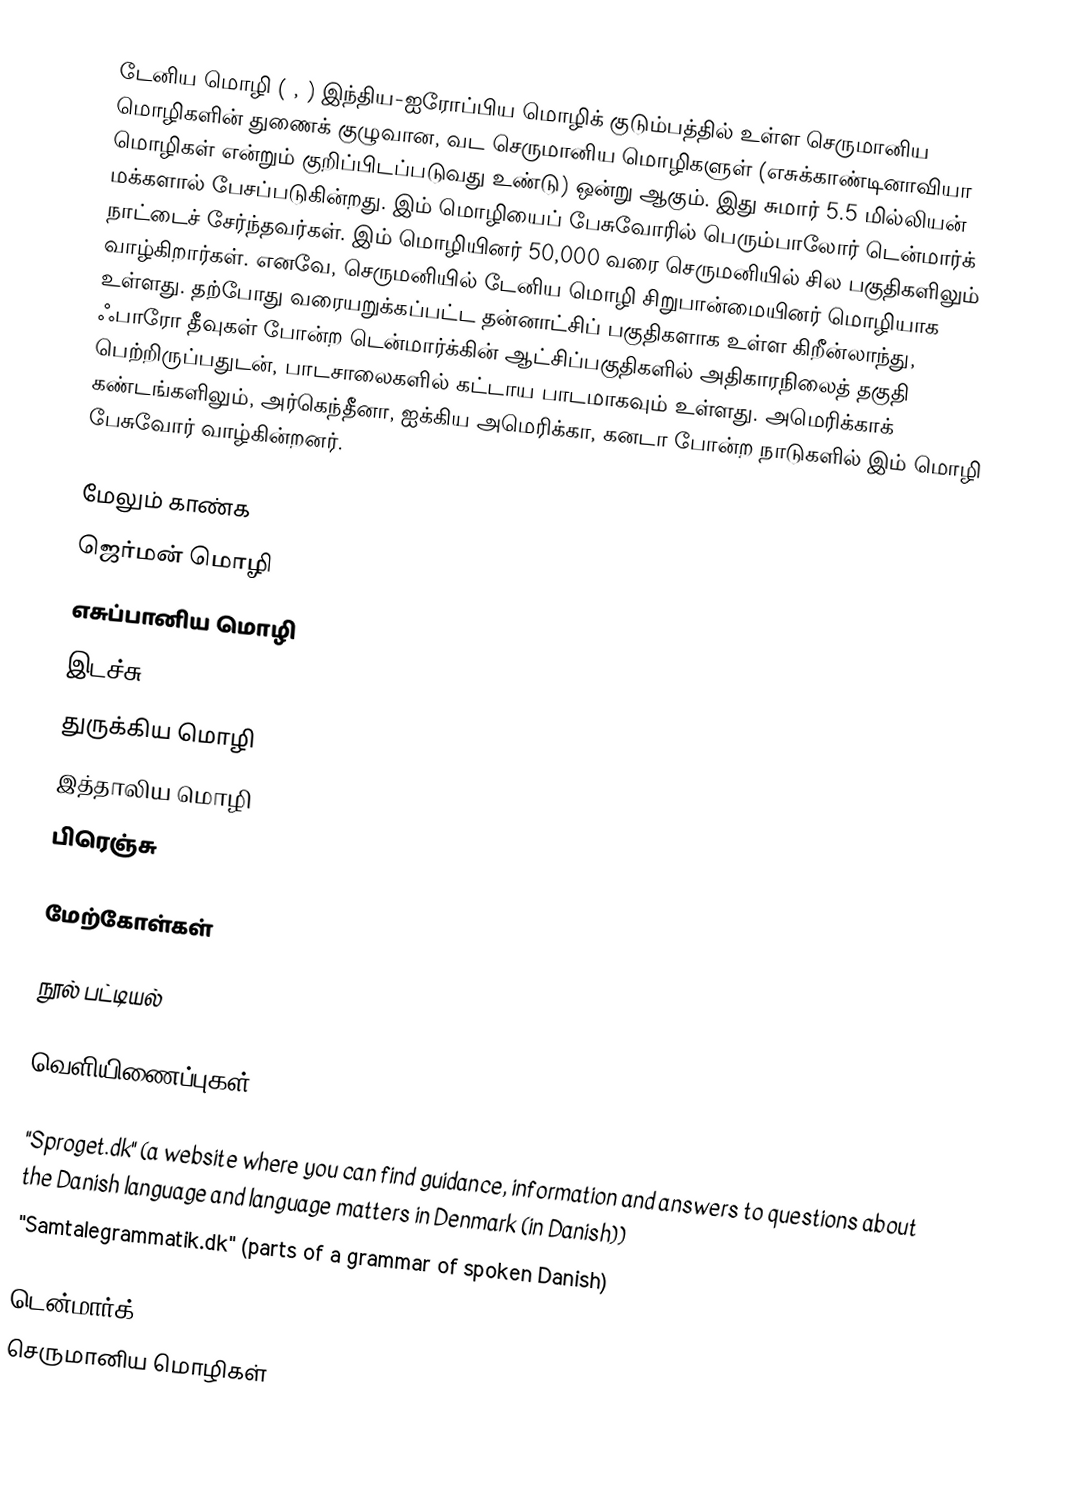
டேனிய மொழி ( ,  ) இந்திய-ஐரோப்பிய மொழிக் குடும்பத்தில் உள்ள செருமானிய மொழிகளின் துணைக் குழுவான, வட செருமானிய மொழிகளுள் (எசுக்காண்டினாவியா மொழிகள் என்றும் குறிப்பிடப்படுவது உண்டு) ஒன்று ஆகும். இது சுமார் 5.5 மில்லியன் மக்களால் பேசப்படுகின்றது. இம் மொழியைப் பேசுவோரில் பெரும்பாலோர் டென்மார்க் நாட்டைச் சேர்ந்தவர்கள். இம் மொழியினர் 50,000 வரை செருமனியில் சில பகுதிகளிலும் வாழ்கிறார்கள். எனவே, செருமனியில் டேனிய மொழி சிறுபான்மையினர் மொழியாக உள்ளது. தற்போது வரையறுக்கப்பட்ட தன்னாட்சிப் பகுதிகளாக உள்ள கிறீன்லாந்து, ஃபாரோ தீவுகள் போன்ற டென்மார்க்கின் ஆட்சிப்பகுதிகளில் அதிகாரநிலைத் தகுதி பெற்றிருப்பதுடன், பாடசாலைகளில் கட்டாய பாடமாகவும் உள்ளது. அமெரிக்காக் கண்டங்களிலும், அர்கெந்தீனா, ஐக்கிய அமெரிக்கா, கனடா போன்ற நாடுகளில் இம் மொழி பேசுவோர் வாழ்கின்றனர்.

மேலும் காண்க
 ஜெர்மன் மொழி
 எசுப்பானிய மொழி
 இடச்சு
 துருக்கிய மொழி
 இத்தாலிய மொழி
 பிரெஞ்சு

மேற்கோள்கள்

நூல் பட்டியல்

வெளியிணைப்புகள்

 "Sproget.dk" (a website where you can find guidance, information and answers to questions about the Danish language and language matters in Denmark (in Danish))
 "Samtalegrammatik.dk" (parts of a grammar of spoken Danish)

டென்மார்க்
செருமானிய மொழிகள்